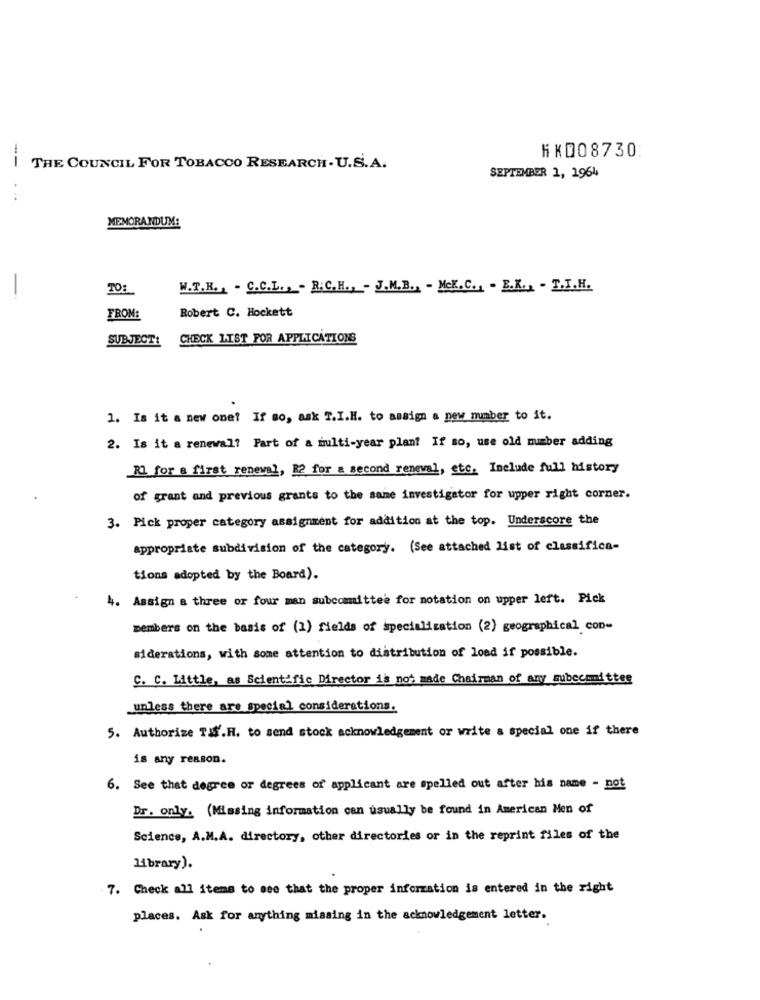
HK008730
THE COUNCIL FOR TOBACCO RESEARCH. U.S.A.
SEPTEMBER 1, 1964
MEMORANDUM:
-
TO:
W.T.K. , . C.C.L. , - R.C.H ., - J.M.B ., - McK.C ., - E.K ., - T.I.H.
Robert C. Hockett
FROM:
SUBJECT:
CHECK LIST FOR APPLICATIONS
1. Is it a new one? If so, ask T.I.H. to assign a new number to it.
2. Is it a renewal? Part of a multi-year plant If so, use old number adding
Rl for a first renewal, R2 for a second reneval, etc. Include full history
of grant and previous grants to the same investigator for upper right corner.
3. Pick proper category assignment for addition at the top. Underscore the
Appropriate subdivision of the category. (See attached list of classifica-
tions adopted by the Board).
4. Assign a three or four man subcomittee for notation on upper left. Pick
members on the basis of (1) fields of specialization (2) geographical con-
siderations, with some attention to distribution of load if possible.
C. C. Little, as Scientific Director is not made Chairman of ary subecommittee
unless there are special considerations.
5. Authorize TI'.H. to send stock acknowledgement or write a special one if there
is any reason.
6. See that degree or degrees of applicant are spelled out after his name - not
Dr. only. (Missing information can usually be found in American Men of
Science, A.M.A. directory, other directories or in the reprint files of the
library).
7. Check all items to see that the proper information is entered in the right
places. Ask for anything missing in the acknowledgement letter.